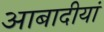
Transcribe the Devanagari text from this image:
आबादीयां